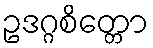
ဥဒဂ္ဂစိတ္တော